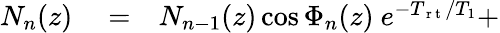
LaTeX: \begin{array}{rlr}{N_{n}(z)}&{{}=}&{N_{n-1}(z)\cos\Phi_{n}(z)\ e^{-T_{\mathrm{~r~t~}}/T_{1}}+}\end{array}